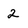
Character: 2